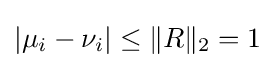
|\mu _{i}-\nu _{i}|\leq \|R\|_{2}=1